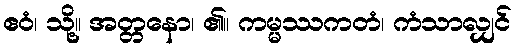
ဧဝံ၊ သို့။ အတ္တနော၊ ၏။ ကမ္မဿကတံ၊ ကံသာလျှင်